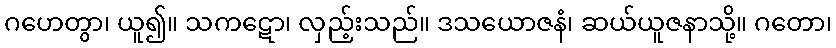
ဂဟေတွာ၊ ယူ၍။ သကဋော၊ လှည့်းသည်။ ဒသယောဇနံ၊ ဆယ်ယူဇနာသို့။ ဂတော၊